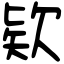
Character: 欵